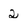
Character: 2